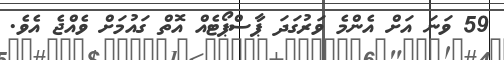
59 ވަނަ އަށް އެންމެ ވަރުގަދަ ޕާސްޕޯޓެއް އޮތް ގައުމަށް ވެއްޖެ އެވެ.